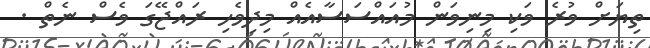
ތިޔަށް ވުރެ ވަކި މިނިވަން މުއައްސަސާއެއް މިދިވެހި ރައްޖޭގަ ވެސް ނެތް .